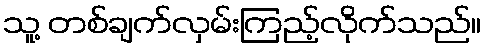
သူ့ တစ်ချက်လှမ်းကြည့်လိုက်သည်။